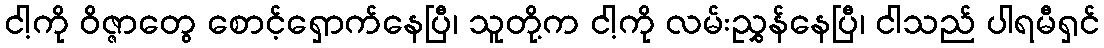
ငါ့ကို ဝိဇ္ဇာတွေ စောင့်ရှောက်နေပြီ၊ သူတို့က ငါ့ကို လမ်းညွှန်နေပြီ၊ ငါသည် ပါရမီရှင်